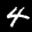
Label: 4